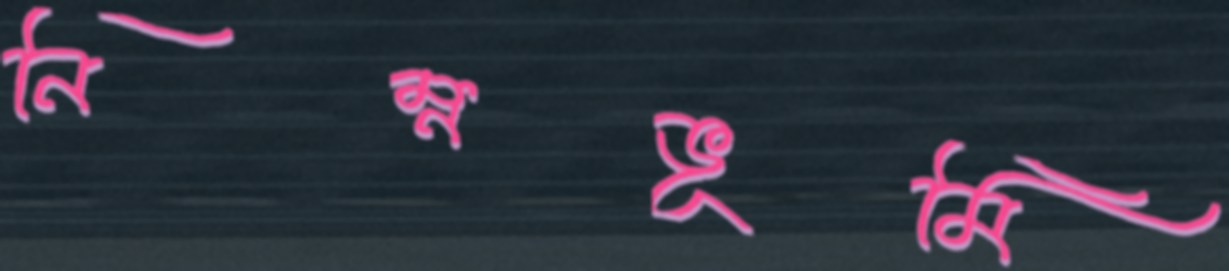
নিম্নভূমি